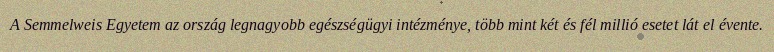
A Semmelweis Egyetem az ország legnagyobb egészségügyi intézménye, több mint két és fél millió esetet lát el évente.